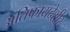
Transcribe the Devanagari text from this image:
अतिफायदेशीर